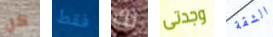
كل فقط لك وجدتى الشقة